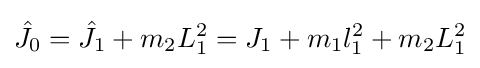
{\hat {J_{0}}}={\hat {J}}_{1}+m_{2}L_{1}^{2}=J_{1}+m_{1}l_{1}^{2}+m_{2}L_{1}^{2}